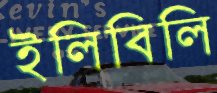
ইলিবিলি